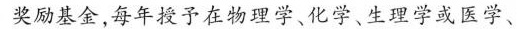
奖励基金，每年授予在物理学、化学、生理学或医学、